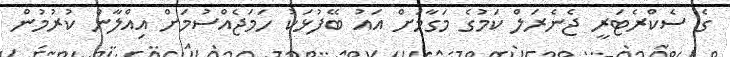
ގެ ސެކްރެޓަރީ ޖެނެރަލް ކަމުގެ މަގާމަށް އައު ބޭފުޅަކު ހަމަޖެއްސުމަށް އިއްލާން ކުރުމުން